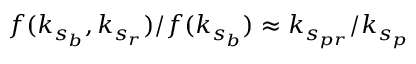
f ( k _ { s _ { b } } , k _ { s _ { r } } ) / f ( k _ { s _ { b } } ) \approx k _ { s _ { p r } } / k _ { s _ { p } }